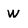
Character: w